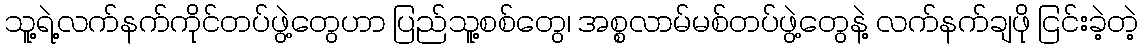
သူ့ရဲ့လက်နက်ကိုင်တပ်ဖွဲ့တွေဟာ ပြည်သူ့စစ်တွေ၊ အစ္စလာမ်မစ်တပ်ဖွဲ့တွေနဲ့ လက်နက်ချဖို ငြင်းခဲ့တဲ့